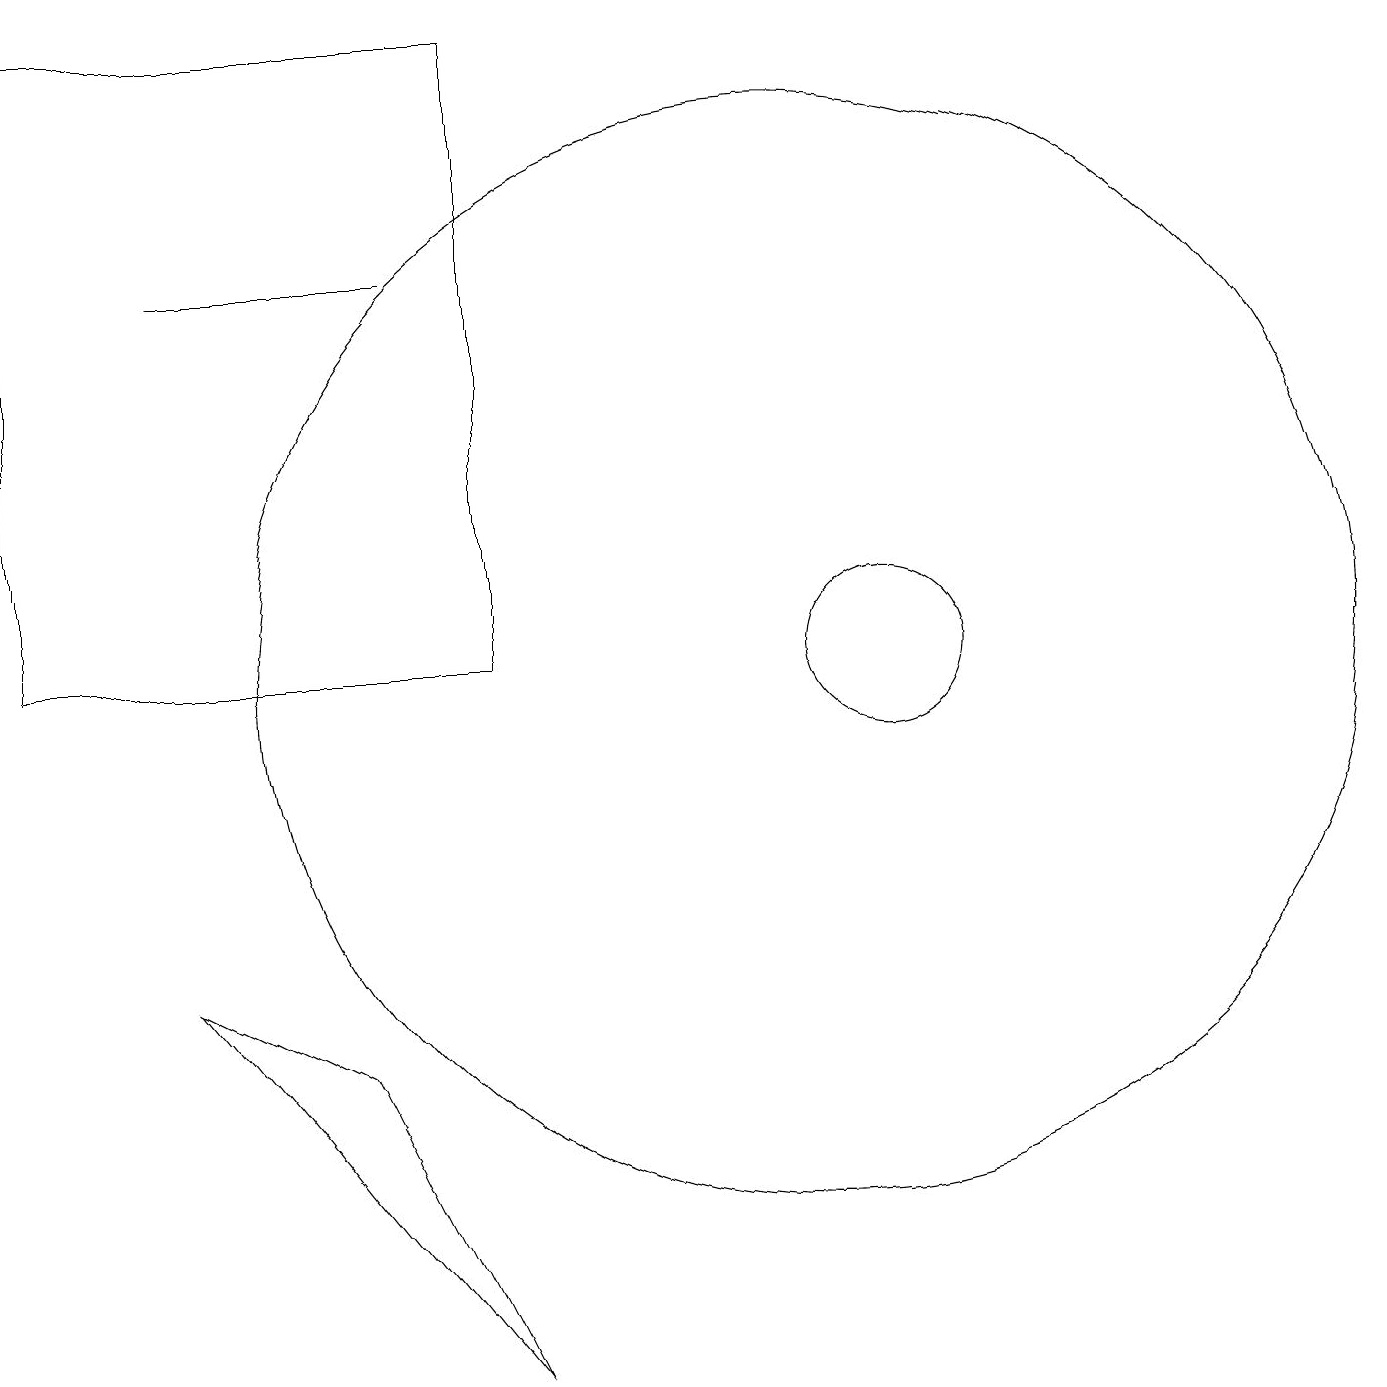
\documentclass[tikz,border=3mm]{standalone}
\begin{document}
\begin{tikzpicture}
\draw (7,2) -- (5,6) -- (3,7) -- cycle;
\draw (11,11) circle (7);
\draw (12,11) circle (1);
\draw (3,16) rectangle (6,16);
\draw (1,11) rectangle (7,19);
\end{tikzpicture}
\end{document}